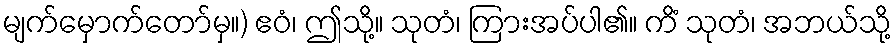
မျက်မှောက်တော်မှ။) ဧဝံ၊ ဤသို့။ သုတံ၊ ကြားအပ်ပါ၏။ ကိံ သုတံ၊ အဘယ်သို့